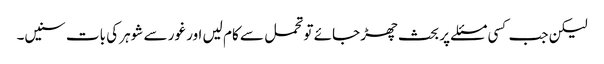
لیکن جب کسی مسئلے پر بحث چھڑ جائے تو تحمل سے کام لیں اور غور سے شوہر کی بات سنیں۔